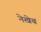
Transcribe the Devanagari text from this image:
नेखेब